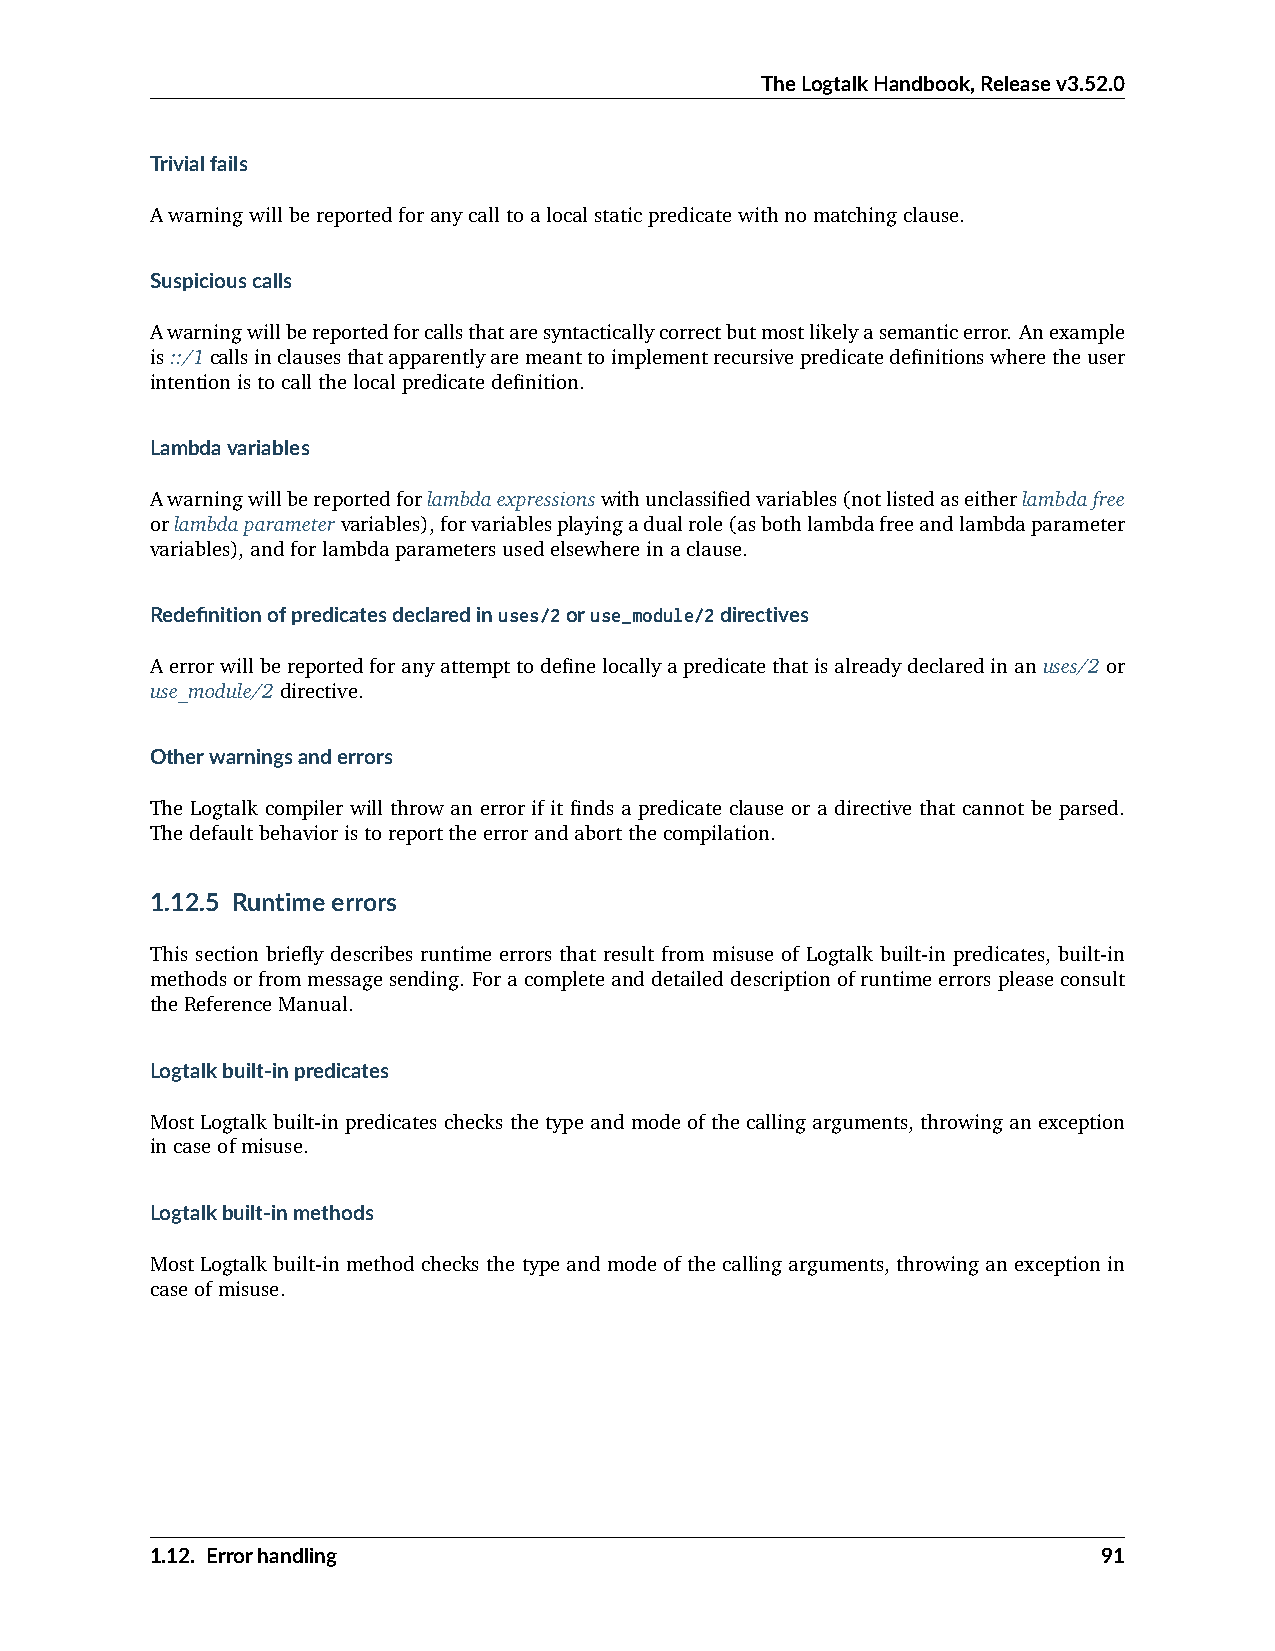
TheLogtalkHandbook,Releasev3.52.0
 Trivialfails
 Awarningwillbereportedforanycalltoalocalstaticpredicatewithnomatchingclause.
 Suspiciouscalls
 Awarningwillbereportedforcallsthataresyntacticallycorrectbutmostlikelyasemanticerror. Anexample
 is::/1callsinclausesthatapparentlyaremeanttoimplementrecursivepredicatedefinitionswheretheuser
 intentionistocallthelocalpredicatedefinition.
 Lambdavariables
 Awarningwillbereportedforlambdaexpressionswithunclassifiedvariables(notlistedaseitherlambdafree
 orlambdaparametervariables),forvariablesplayingadualrole(asbothlambdafreeandlambdaparameter
 variables),andforlambdaparametersusedelsewhereinaclause.
 Redefinitionofpredicatesdeclaredinuses/2oruse_module/2directives
 Aerrorwillbereportedforanyattempttodefinelocallyapredicatethatisalreadydeclaredinanuses/2or
 use_module/2directive.
 Otherwarningsanderrors
 The Logtalk compiler will throw an error if it finds a predicate clause or a directive that cannot be parsed.
 Thedefaultbehavioristoreporttheerrorandabortthecompilation.
 1.12.5 Runtimeerrors
 This section briefly describes runtime errors that result from misuse of Logtalk built-in predicates, built-in
 methodsorfrommessagesending. Foracompleteanddetaileddescriptionofruntimeerrorspleaseconsult
 theReferenceManual.
 Logtalkbuilt-inpredicates
 MostLogtalkbuilt-in predicateschecksthetypeandmode ofthecallingarguments, throwingan exception
 incaseofmisuse.
 Logtalkbuilt-inmethods
 MostLogtalkbuilt-inmethodchecksthetypeandmodeofthecallingarguments, throwinganexceptionin
 caseofmisuse.
 1.12. Errorhandling                                            91